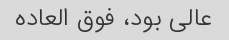
عالی بود، فوق العاده